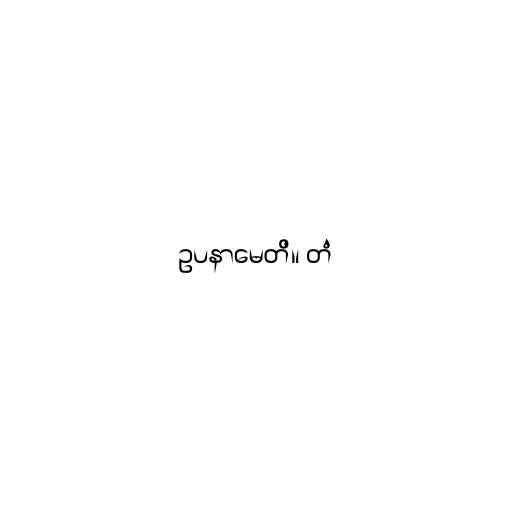
ဥပနာမေတိ။ တံ